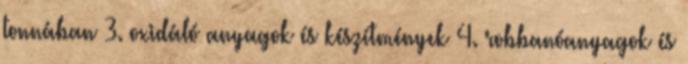
tonnában 3. oxidáló anyagok és készítmények 4. robbanóanyagok és